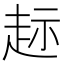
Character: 𫎲